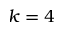
k = 4